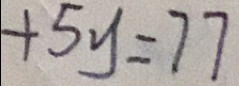
+ 5 y = 7 7